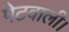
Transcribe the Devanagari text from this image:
पेटवाली।